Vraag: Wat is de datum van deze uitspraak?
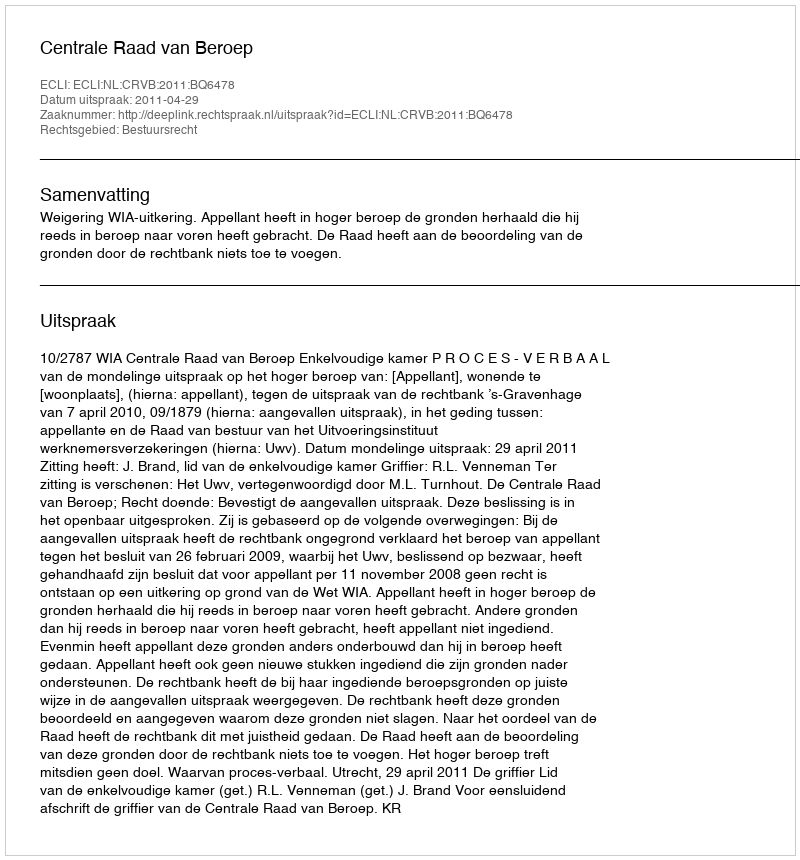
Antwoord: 2011-04-29